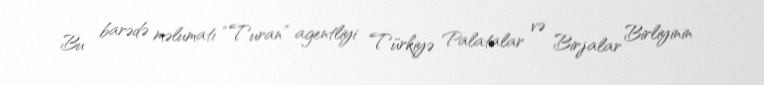
Bu barədə məlumatı “Turan” agentliyi Türkiyə Palatalar və Birjalar Birliyinin